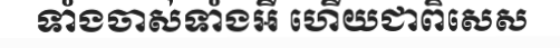
ទាំងចាស់ទាំងអី ហើយជាពិសេស